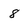
Character: 8